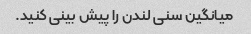
میانگین سنی لندن را پیش بینی کنید.